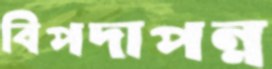
বিপদাপন্ন